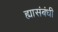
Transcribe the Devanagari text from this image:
ह्यासंबंधी